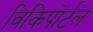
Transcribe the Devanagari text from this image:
विकिपोर्टल